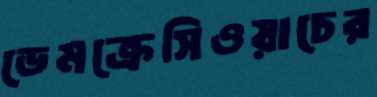
ডেমক্রেসিওয়াচের